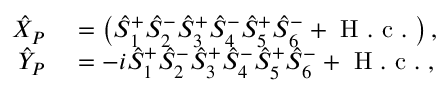
\begin{array} { r l } { \hat { X } _ { P } } & { { } = \left( \hat { S } _ { 1 } ^ { + } \hat { S } _ { 2 } ^ { - } \hat { S } _ { 3 } ^ { + } \hat { S } _ { 4 } ^ { - } \hat { S } _ { 5 } ^ { + } \hat { S } _ { 6 } ^ { - } + \mathrm { ~ H ~ . ~ c ~ . ~ } \right) , } \\ { \hat { Y } _ { P } } & { { } = - i \hat { S } _ { 1 } ^ { + } \hat { S } _ { 2 } ^ { - } \hat { S } _ { 3 } ^ { + } \hat { S } _ { 4 } ^ { - } \hat { S } _ { 5 } ^ { + } \hat { S } _ { 6 } ^ { - } + \mathrm { ~ H ~ . ~ c ~ . ~ } , } \end{array}